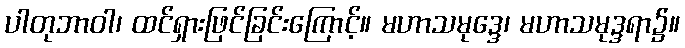
ပါတုဘာဝါ၊ ထင်ရှားဖြင်ခြင်းကြောင့်။ မဟာသမုဒ္ဒေ၊ မဟာသမုဒ္ဒရာ၌။